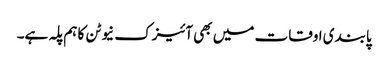
پابندی اوقات میں بھی آئیزک نیوٹن کا ہم پلہ ہے۔